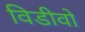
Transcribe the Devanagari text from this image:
विडीवो